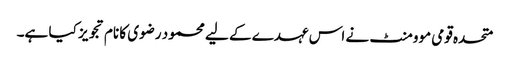
متحدہ قومی موومنٹ نے اس عہدے کے لیے محمود رضوی کا نام تجویز کیا ہے۔